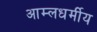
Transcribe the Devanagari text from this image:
आम्लधर्मीय